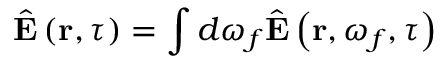
\hat { \mathbf { E } } \left( \mathbf { r } , \tau \right) = \int d \omega _ { f } \hat { \mathbf { E } } \left( \mathbf { r } , \omega _ { f } , \tau \right)